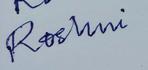
Signature authenticity: forged